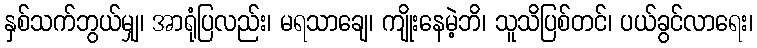
နှစ်သက်ဘွယ်မျှ၊ အာရုံပြလည်း၊ မရသာချေ၊ ကျိုးနေမဲ့ဘိ၊ သူသိပြစ်တင်၊ ပယ်ခွင်လာရေး၊